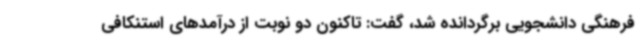
فرهنگی دانشجویی برگردانده شد، گفت: تاکنون دو نوبت از درآمدهای استنکافی